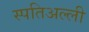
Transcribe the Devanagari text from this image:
स्पतिअल्ली